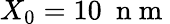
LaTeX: X_{0}=10~\mathrm{~n~m~}